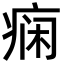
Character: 痫